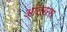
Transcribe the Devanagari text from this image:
आंतररस